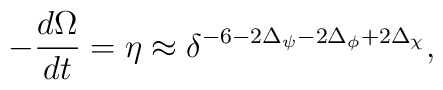
-\frac{d\Omega}{dt}=\eta\approx	\delta^{-6-2\Delta_\psi-2\Delta_\phi+2\Delta_\chi},